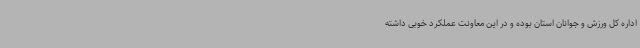
اداره کل ورزش و جوانان استان بوده و در این معاونت عملکرد خوبی داشته